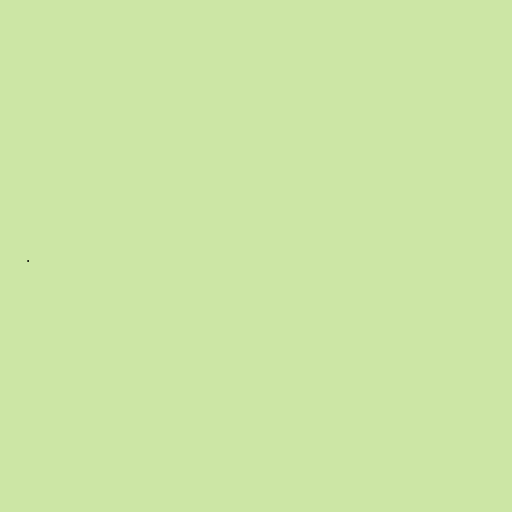
.